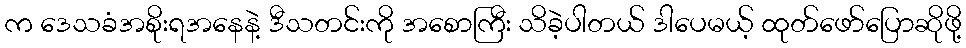
က ဒေသခံအစိုးရအနေနဲ့ ဒီသတင်းကို အစောကြီး သိခဲ့ပါတယ် ဒါပေမယ့် ထုတ်ဖော်ပြောဆိုဖို့